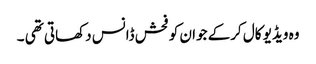
وہ ویڈیو کال کرکے جوان کو فحش ڈانس دکھاتی تھی ۔